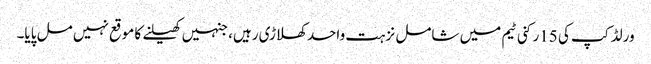
ورلڈ کپ کی 15رکنی ٹیم میں شامل نزہت واحد کھلاڑی رہیں، جنہیں کھیلنے کا موقع نہیں مل پایا۔